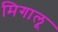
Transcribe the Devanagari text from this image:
मिगालू